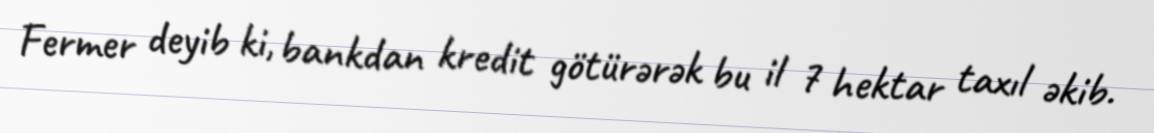
Fermer deyib ki, bankdan kredit götürərək bu il 7 hektar taxıl əkib.